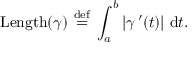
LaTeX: \operatorname { L e n g t h } ( \gamma ) ~ { \stackrel { \mathrm { d e f } } { = } } ~ \int _ { a } ^ { b } | \gamma \, ^ { \prime } ( t ) | ~ \mathrm { d } { t } .